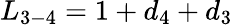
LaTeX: {L_{3-4}}=1+{d_{4}}+{d_{3}}